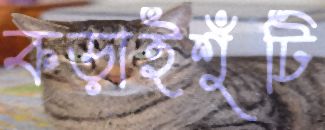
কড়াইশুঁটি